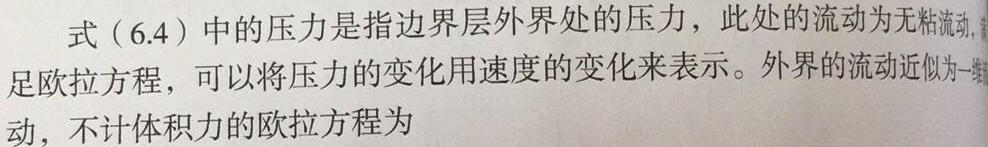
式（6.4）中的压力是指边界层外界处的压力，此处的流动为无粘流动，满足欧拉方程，可以将压力的变化用速度的变化来表示。外界的流动近似为一维流动，不计体积力的欧拉方程为